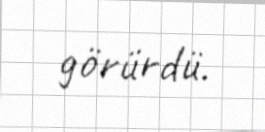
görürdü.